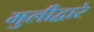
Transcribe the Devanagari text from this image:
मुलीद्वारे